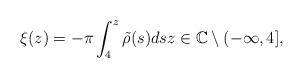
LaTeX: \begin{align*} \xi(z) = -\pi \int_{4}^{z} \tilde{\rho}(s)ds z \in \mathbb{C} \setminus (-\infty, 4],\end{align*}